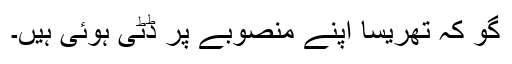
گو کہ تھریسا اپنے منصوبے پر ڈٹی ہوئی ہیں۔